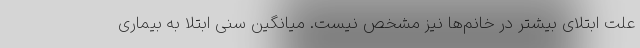
علت ابتلای بیشتر در خانم‌ها نیز مشخص نیست. میانگین سنی ابتلا به بیماری